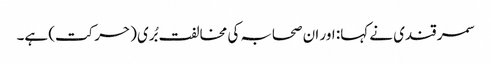
سمر قندی نے کہا: اور ان صحابہ کی مخالفت بُری (حرکت) ہے۔